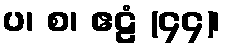
ပ၊ စ၊ ဧဠံ (၄၄)၊